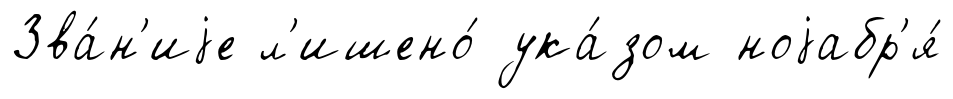
Зва́н'иjе л'ишено́ ука́зом ноjабр'я́